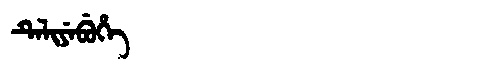
Manchu: ᡨᡝᠯᡳᠶᡝᠪᡠᡥᡝ
Romanization: TELIYEBUHE